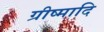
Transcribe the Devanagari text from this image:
ग्रीष्मादि